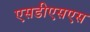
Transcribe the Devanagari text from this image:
एसडीएसएस